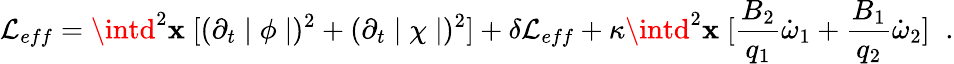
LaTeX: \mathcal{L}_{eff}=\intd^{2}\mathbf{x}\; [(\partial_{t}\mid\phi\mid)^{2}+(\partial_{t}\mid\chi\mid)^{2}]+\delta\mathcal{L}_{eff}+\kappa\intd^{2}\mathbf{x}\; [\frac{{B_{2}}}{{q_{1}}}\dot{{\omega}}_{1}+\frac{{B_{1}}}{{q_{2}}}\dot{{\omega}}_{2}]\; \; .